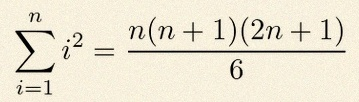
\sum_{i=1}^{n}i^2=\frac{n(n+1)(2n+1)}6